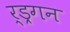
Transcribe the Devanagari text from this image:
र्ड्रगन